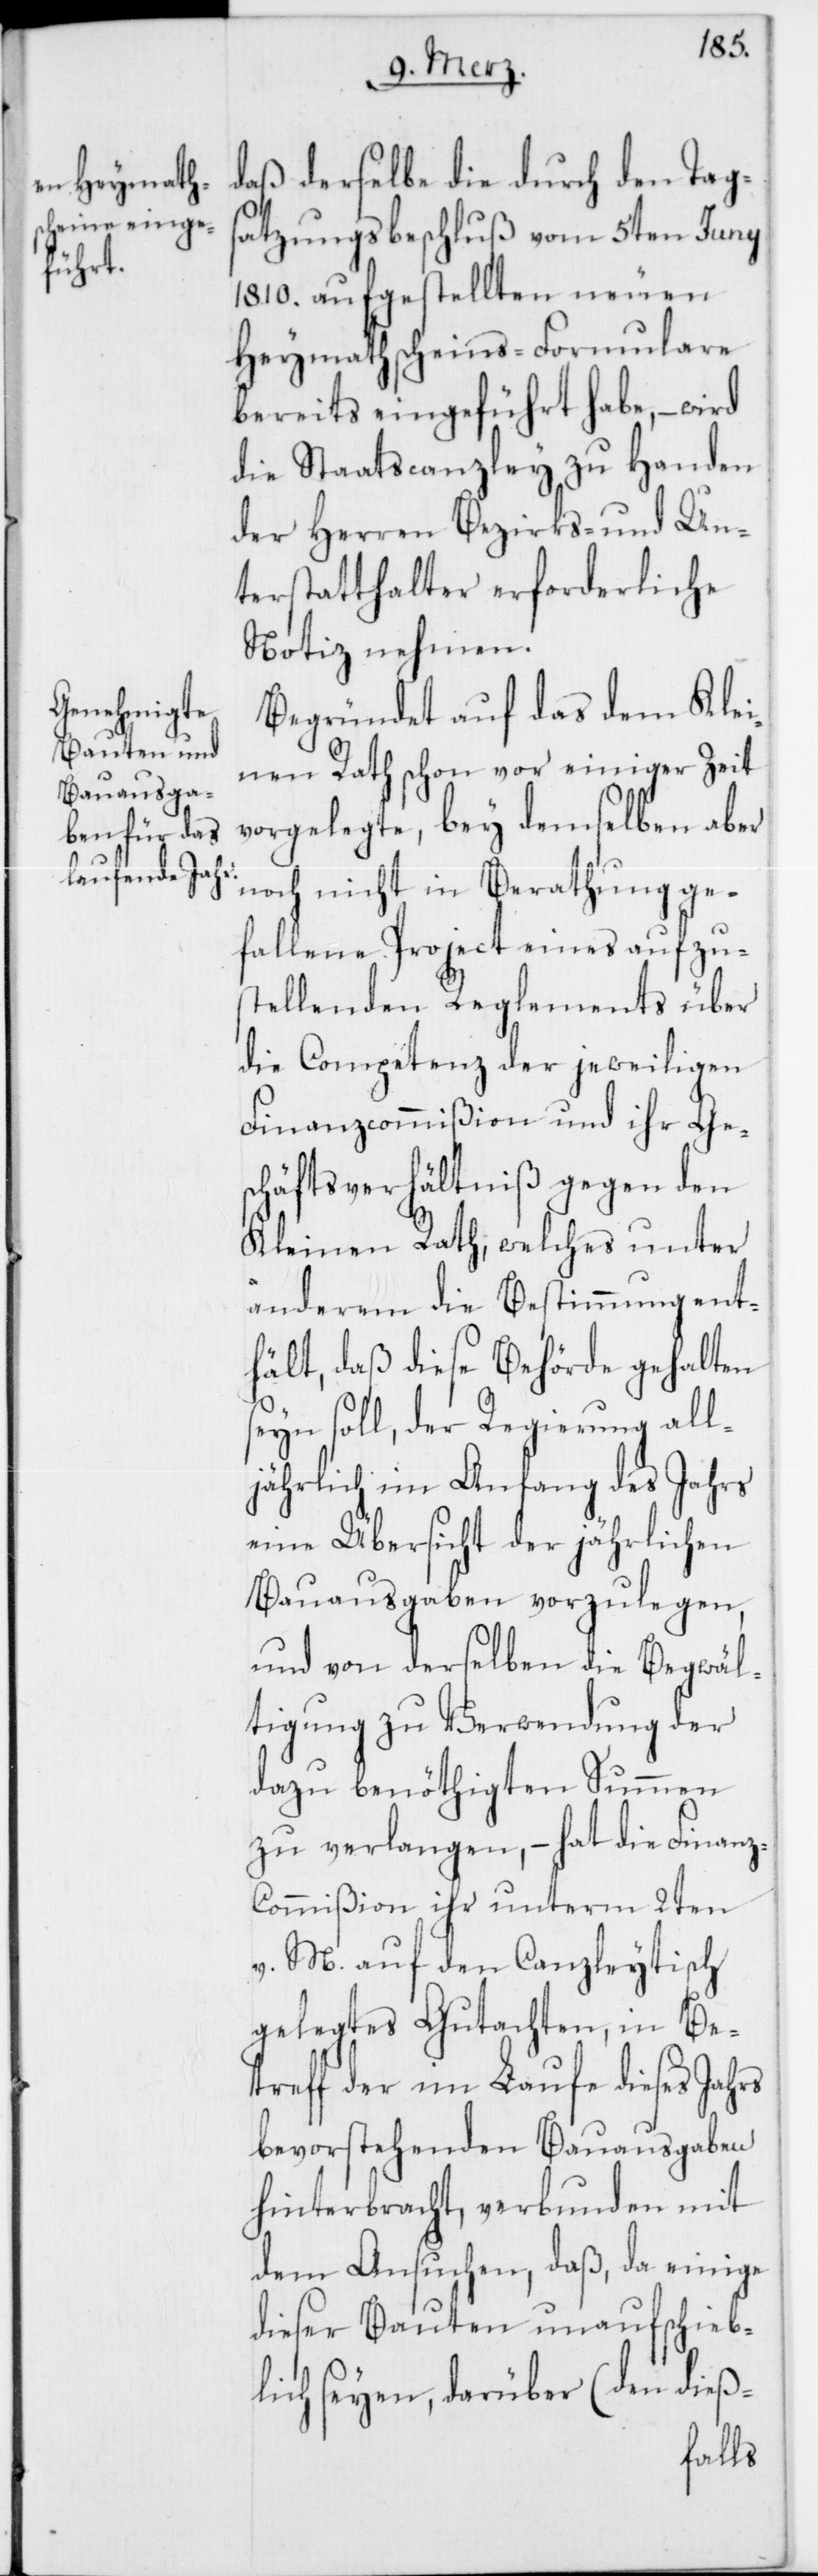
daß derselbe die durch den Tags¬
atzungsbeschluß vom 5ten Juny
1810. aufgestellten neuen
Heymathscheins-Formulare
bereits eingeführt habe, – wird
die Staatscanzley zu Handen
der Herren Bezirks- und Un¬
terstatthalter erforderliche
Notiz nehmen.
Begründet auf das dem Klei¬
nen Rath schon vor einiger Zeit
vorgelegte, bey demselben aber
noch nicht in Berathung ge¬
fallene Project eines aufzus¬
tellenden Reglements über
die Competenz der jeweiligen
Finanzcommißion und ihr Ge¬
schäftsverhältniß gegen den
Kleinen Rath, welches unter
anderem die Bestimmung ent¬
hält, daß diese Behörde gehalten
seyn soll, der Regierung all¬
jährlich im Anfang des Jahrs
eine Übersicht der jährlichen
Bauausgaben vorzulegen,
und von derselben die Begwäl¬
tigung zu Verwendung der
dazu benöthigten Summen
zu verlangen, – hat die Finan¬
z-Commißion ihr unterm 2ten
v. M. auf den Canzleytisch
gelegtes Gutachten, in Be¬
treff der im Laufe dieses Jahrs
bevorstehenden Bauausgaben
hinterbracht, verbunden mit
dem Ansuchen, daß, da einige
dieser Bauten unaufschieb¬
lich seyen, darüber (den dieß-